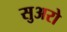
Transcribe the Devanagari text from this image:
सुअरो